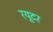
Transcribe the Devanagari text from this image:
रयूटर